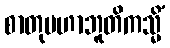
စာတုမဟာဘူတိကသ္မိံ